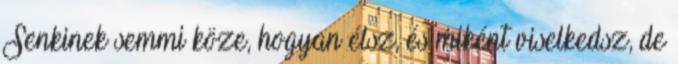
Senkinek semmi köze, hogyan élsz, és miként viselkedsz, de